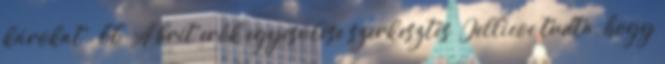
károkat . 66 A brit erők egyesülése szerkesztés Jellicoe tudta, hogy